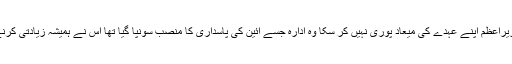
آج تک کوئی منتخب وزیراعظم اپنے عہدے کی میعاد پوری نہیں کر سکا وہ ادارہ جسے آئین کی پاسداری کا منصب سونپا گیا تھا اُس نے ہمیشہ زیادتی کرنے والوں کو تحفظ بخشا۔